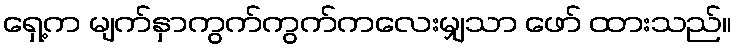
ရှေ့က မျက်နှာကွက်ကွက်ကလေးမျှသာ ဖော် ထားသည်။